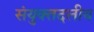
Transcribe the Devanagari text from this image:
संयुक्तदलीय